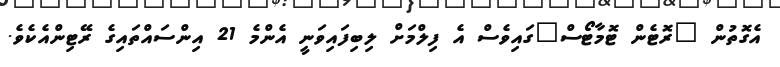
އެގޮތުން "ރޮޓެން ޓޮމާޓޯސް"ގައިވެސް އެ ފިލްމަށް ލިބިފައިވަނީ އެންމެ 21 އިންސައްތައިގެ ރޭޓިންއެކެވެ.